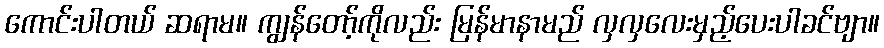
ကောင်းပါတယ် ဆရာမ။ ကျွန်တော့်ကိုလည်း မြန်မာနာမည် လှလှလေးမှည့်ပေးပါခင်ဗျာ။